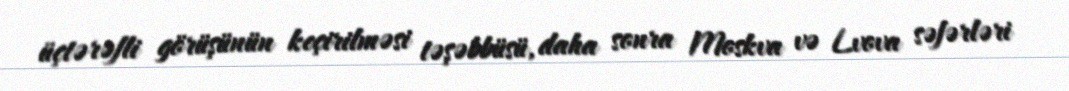
üçtərəfli görüşünün keçirilməsi təşəbbüsü, daha sonra Moskva və Lvova səfərləri